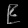
Digit: ၉